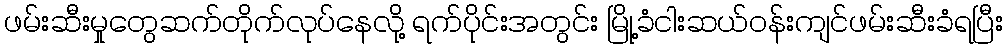
ဖမ်းဆီးမှုတွေဆက်တိုက်လုပ်နေလို့ ရက်ပိုင်းအတွင်း မြို့ခံငါးဆယ်ဝန်းကျင်ဖမ်းဆီးခံရပြီး